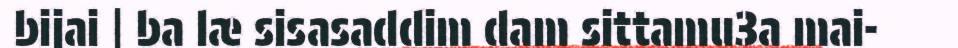
bijai | ba læ sisasaddim dam sittamu3a mai-